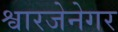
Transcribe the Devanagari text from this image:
श्वारजेनेगर